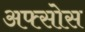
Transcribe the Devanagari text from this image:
अफ्सोस